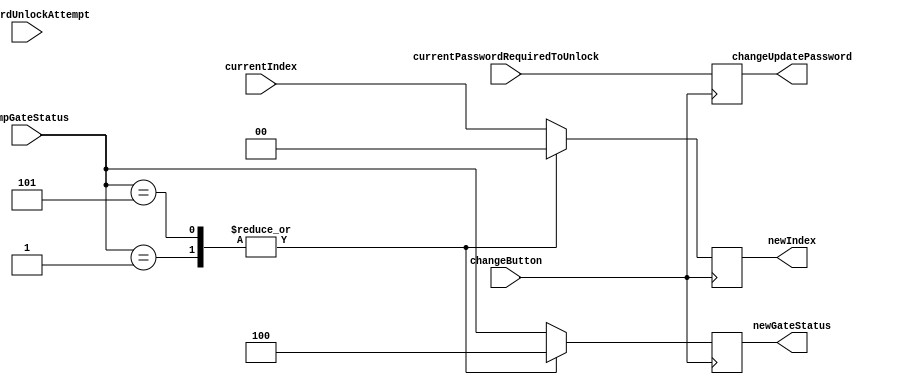
`timescale 1ns / 1ps
//////////////////////////////////////////////////////////////////////////////////
// Company: 
// Engineer: 
// 
// Design Name: 
// Module Name:    changeOverallStatus 
// Project Name: 
// Target Devices: 
// Tool versions: 
// Description: 
//
// Dependencies: 
//
// Revision: 
// Revision 0.01 - File Created
// Additional Comments: 
//
//////////////////////////////////////////////////////////////////////////////////
module changeOverallStatus(tempGateStatus, currentIndex, changeButton, passwordUnlockAttempt, currentPasswordRequiredToUnlock, newGateStatus, newIndex, changeUpdatePassword);

	input [2:0] tempGateStatus;
	input [1:0] currentIndex;
	
	input changeButton;
	
	input [15:0] passwordUnlockAttempt;
	input [15:0] currentPasswordRequiredToUnlock;
	
	output reg [15:0] changeUpdatePassword;
	
	output reg [2:0] newGateStatus;
	output reg [1:0] newIndex;
	
/*

	0 - gate is CLOSED
	1 - gate is OPEN
	2 - gate is IDLE
	3 - gate is ENTER_PASSWORD
	4 - gate is CHANGE_PASSWORD
	5 - gate is LOCKING
	6 - gate is SCROLLING

	*/
	
	always@(posedge changeButton) begin
		changeUpdatePassword <= currentPasswordRequiredToUnlock;
		case(tempGateStatus)
		//IF GATE IS OPEN, WE CAN GO TO CHANGE PASSWORD STATE
			3'd1: begin
				newGateStatus <= 3'd4;
				newIndex <= 2'd0;
			end
			//IF USER IS TRYING TO LOCK IT, THEY CAN DECIDE TO CHANGE PASSWORD
			3'd5: begin
				newGateStatus <= 3'd4;
				newIndex <= 2'd0;
			end
			//OTHERWISE THE CHANGEBUTTON DOES NOTHING
			default: begin
				newGateStatus <= tempGateStatus;
				newIndex <= currentIndex;
			end
		endcase
	end


endmodule